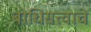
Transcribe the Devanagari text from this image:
बोधिसत्त्वाचे